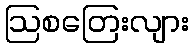
ဩစတြေးလျား